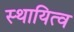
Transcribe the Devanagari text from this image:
स्थायित्‍व